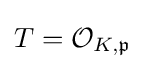
T={\mathcal {O}}_{K,{\mathfrak {p}}}